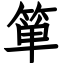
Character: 箪